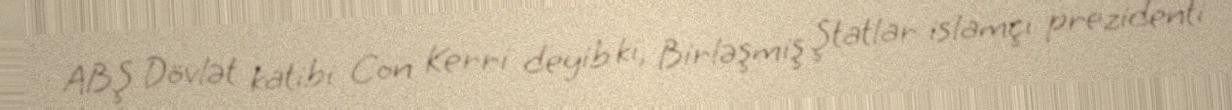
ABŞ Dövlət katibi Con Kerri deyib ki, Birləşmiş Ştatlar islamçı prezidenti